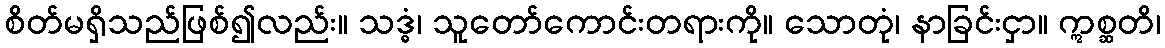
စိတ်မရှိသည်ဖြစ်၍လည်း။ သဒ္ဓံ၊ သူတော်ကောင်းတရားကို။ သောတုံ၊ နာခြင်းငှာ။ ဣစ္ဆတိ၊